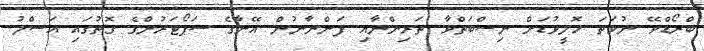
ބްރޯޑްވޭ ނުވަތަ ހޮލީވުޑަށް ނިސްބަތްވާ ތަރިންނާއި ފަންނާނުން އޭނާގެ ސަޕޯޓަރުންގެ ގޮތުގައި އަސްލު